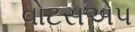
વોટસએપ